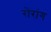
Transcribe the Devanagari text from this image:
रोंरांग